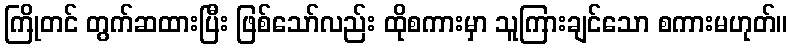
ကြိုတင် တွက်ဆထားပြီး ဖြစ်သော်လည်း ထိုစကားမှာ သူကြားချင်သော စကားမဟုတ်။